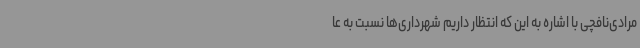
مرادی‌نافچی با اشاره به این که انتظار داریم شهرداری‌ها نسبت به عا